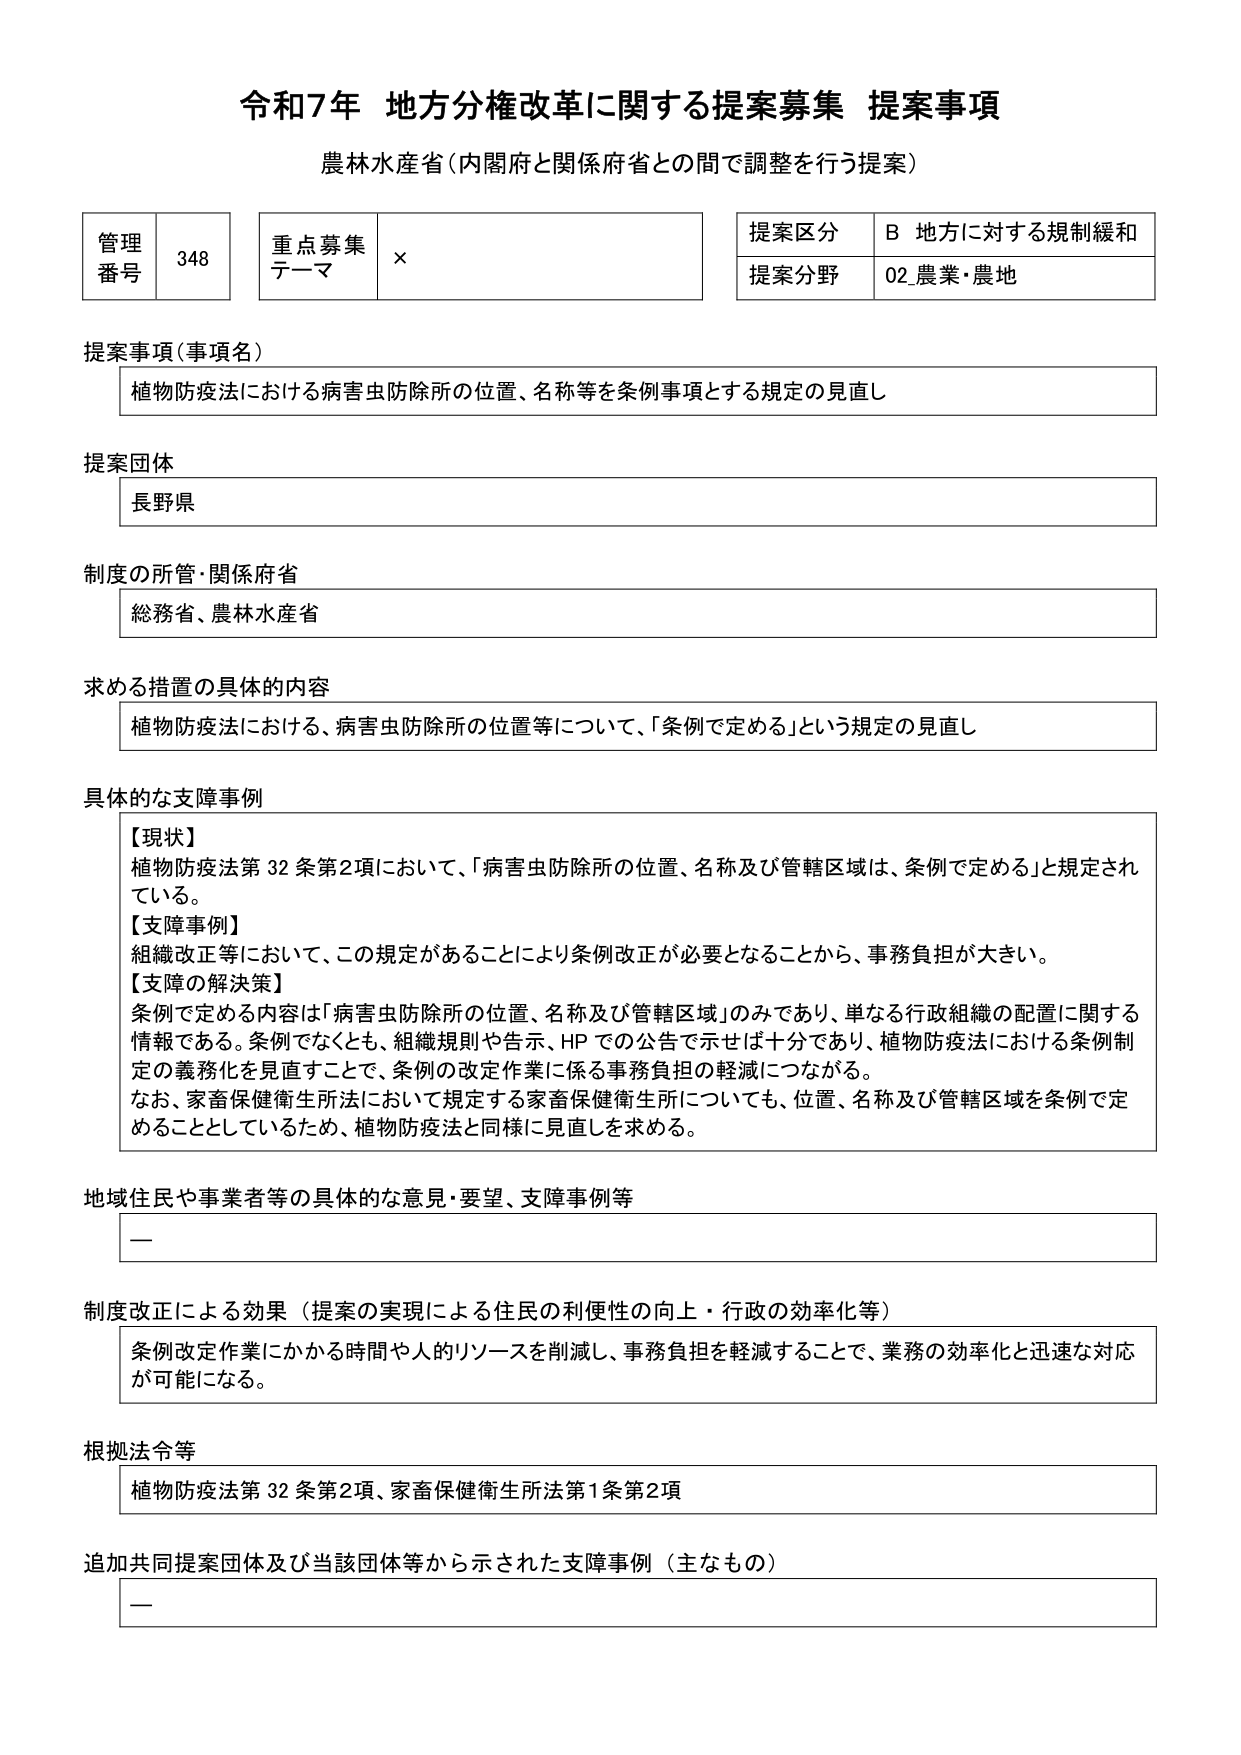
令和7年 地方分権改革に関する提案募集 提案事項
農林水産省（内閣府と関係府省との間で調整を行う提案）

管理番号 348
重点募集テーマ ×
提案区分 B 地方に対する規制緩和
提案分野 02 農業・農地

提案事項（事項名）
植物防疫法における病害虫防除所の位置、名称等を条例事項とする規定の見直し

提案団体
長野県

制度の所管・関係府省
総務省、農林水産省

求める措置の具体的内容
植物防疫法における、病害虫防除所の位置等について、「条例で定める」という規定の見直し

具体的な支障事例
【現状】
植物防疫法第32条第2項において、「病害虫防除所の位置、名称及び管轄区域は、条例で定める」と規定されている。
【支障事例】
組織改正等において、この規定があることにより条例改正が必要となることから、事務負担が大きい。
【支障の解決策】
条例で定める内容は「病害虫防除所の位置、名称及び管轄区域」のみであり、単なる行政組織の配置に関する情報である。条例でなくとも、組織規則や告示、HPでの公告で示せば十分であり、植物防疫法における条例制定の義務化を見直すことで、条例の改定作業に係る事務負担の軽減につながる。
なお、家畜保健衛生所法において規定する家畜保健衛生所についても、位置、名称及び管轄区域を条例で定めることとしているため、植物防疫法と同様に見直しを求める。

地域住民や事業者等の具体的な意見・要望、支障事例等
—

制度改正による効果（提案の実現による住民の利便性の向上・行政の効率化等）
条例改定作業にかかる時間や人的リソースを削減し、事務負担を軽減することで、業務の効率化と迅速な対応が可能になる。

根拠法令等
植物防疫法第32条第2項、家畜保健衛生所法第1条第2項

追加共同提案団体及び当該団体等から示された支障事例（主なもの）
—